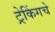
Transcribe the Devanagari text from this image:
ट्रेकिंगचे